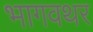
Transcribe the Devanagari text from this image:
भागवथर